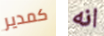
كمدير انه